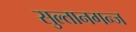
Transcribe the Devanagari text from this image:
सुल्तानगन्ज